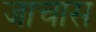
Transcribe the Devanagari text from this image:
जाचास